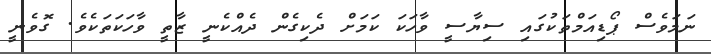
ނަމަވެސް ޕޯޑިއަމްތަކުގައި ސިޔާސީ ވާހަކަ ކަމަށް ދެކިގެން ދެއްކެނީ ޒާތީ ވާހަކަތަކެވެ. ގޮވެނީ